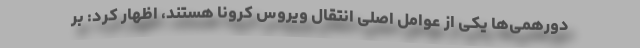
دورهمی‌ها یکی از عوامل اصلی انتقال ویروس کرونا هستند، اظهار کرد: بر